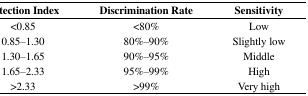
<table><thead><tr><td><b>Detection Index</b></td><td><b>Discrimination Rate</b></td><td><b>Sensitivity</b></td></tr></thead><tbody><tr><td>&lt;0.85</td><td>&lt;80%</td><td>Low</td></tr><tr><td>0.85–1.30</td><td>80%–90%</td><td>Slightly low</td></tr><tr><td>1.30–1.65</td><td>90%–95%</td><td>Middle</td></tr><tr><td>1.65–2.33</td><td>95%–99%</td><td>High</td></tr><tr><td>&gt;2.33</td><td>&gt;99%</td><td>Very high</td></tr></tbody></table>